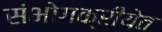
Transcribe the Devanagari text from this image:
संभोगक्रीयेत